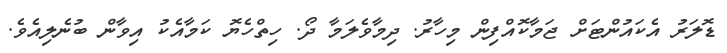
ޑޮލަރު އެކައުންޓަށް ޖަމާކޮއްފިން މިހާރު. ދިމާވެލަމާ ދޯ. ހިތްހެޔޮ ކަމާއެކު އިވާން ބުނެލިއެވެ.